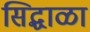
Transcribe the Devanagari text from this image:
सिद्धाळा